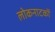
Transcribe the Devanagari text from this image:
लोकनाटकों